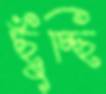
ছুঁচ্ছি